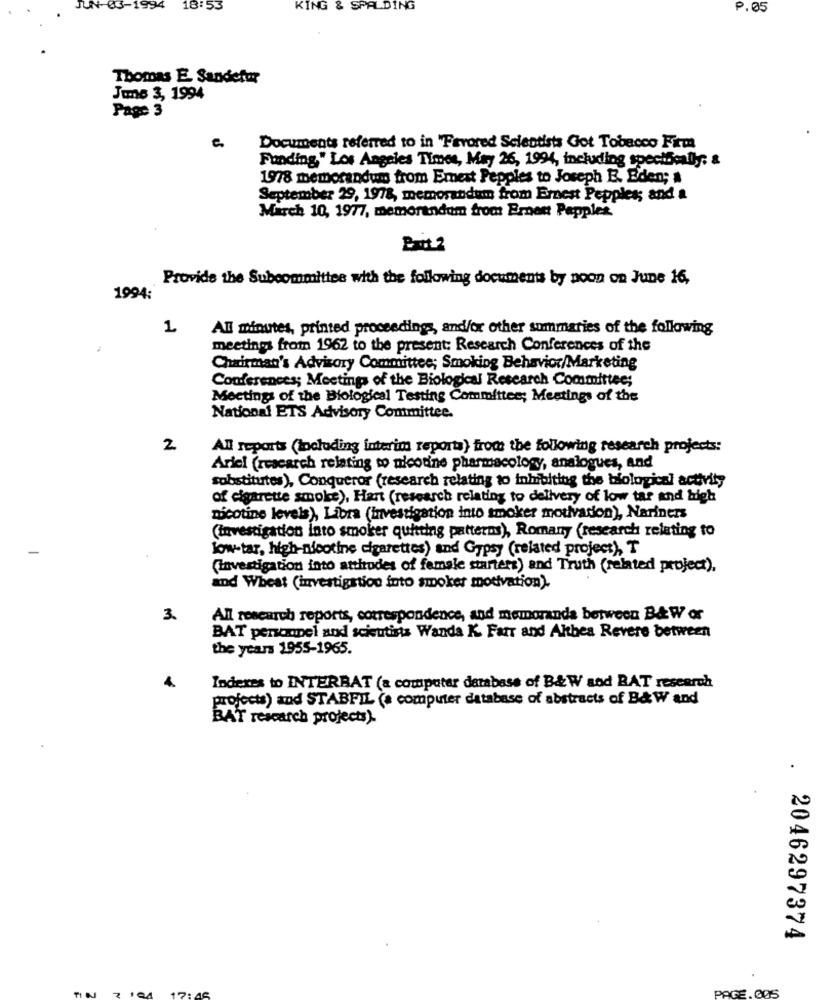
JUN-
1994
18:53
KING & SPALDING
P.05
Thomas E. Sandiefor
June 3, 1994
Page 3
e
Documents referred to in "Favored Scientists Got Tobacco Firm
Funding," Los Angeles Times, May 26, 1994, including specifically; &
1978 memorandum from Emest Pepples to Joseph E. Eden; a
September 29, 1978, memorandum from Ernest Pepples; and a
March 10, 1977, memorandum from Ernett Papples.
Provide the Subcommittee with the following documents by noon on June 16,
1994:
1
Al minutes, printed proceedings, and/or other summaries of the following
meetings from 1962 to the present: Research Conferences of the
Chairman's Advisory Committee; Smoking Behavior/Marketing
Conferences; Meetings of the Biological Research Committee;
Meetings of the Biological Testing Committee; Meetings of the
National ETS Advisory Committee.
2
All reports (including interim reporta) from the following research projects:
Ariel (research relating to nicotine pharmacology, analogues, and
substitutes), Conqueror (research relating to inhibiting the biological activity
of cigarette smoke), Hart (research relating to delivery of low tar and high
nicotine levels), Libra (Investigation into smoker motivation), Nariners
(investigation into smoker quitting patterns), Romany (research relating to
-
low-tar, high-nicotine cigarettes) and Gypsy (related project), T
(Investigation into attitudes of female starters) and Truth (related project),
and Wheat (investigation into smoker motivation).
3.
All research reports, correspondence, and memoranda between B&W or
BAT personnel and scientists Wanda K. Farr and Althea Revere between
the years 1955-1965.
Indexes to INTERBAT (a computer database of B& W sod BAT research
projects) and STABFIL (a computer database of abstracts of B&W and
BAT research projects).
.
2046297374
PAGE. GAS